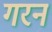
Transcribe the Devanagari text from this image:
गरन